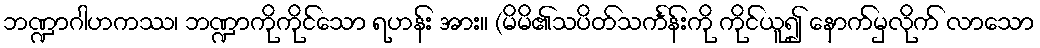
ဘဏ္ဍာဂါဟကဿ၊ ဘဏ္ဍာကိုကိုင်သော ရဟန်း အား။ (မိမိ၏သပိတ်သင်္ကန်းကို ကိုင်ယူ၍ နောက်မှလိုက် လာသော